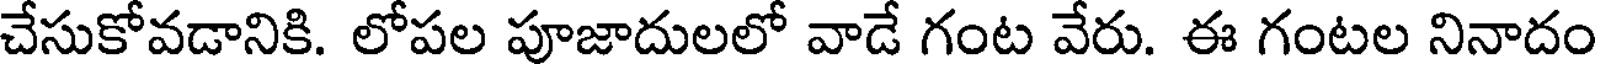
చేసుకోవడానికి. లోపల పూజాదులలో వాడే గంట వేరు. ఈ గంటల నినాదం